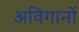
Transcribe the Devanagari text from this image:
अविगानों